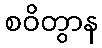
စဝိတွာန